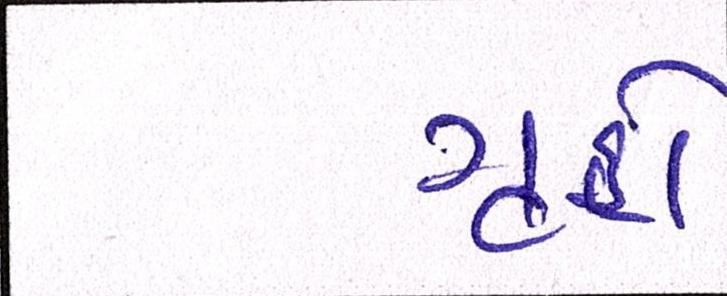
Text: ગૃહો